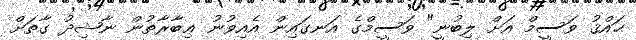
ޙައްޤު ވަސީމް އަށް ލިބުނީ" ވަސީމްގެ އަނގައިން އެއިވުނު ޢިބާރާތުން ނާޝިދު ގާތަށް